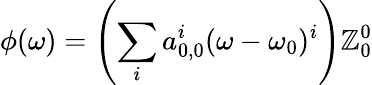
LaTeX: \phi(\omega)=\left(\sum_{i}a_{0,0}^{i}(\omega-\omega_{0})^{i}\right)\mathbb{Z}_{0}^{0}